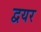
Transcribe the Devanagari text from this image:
द्वयर